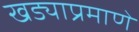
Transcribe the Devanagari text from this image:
खड्याप्रमाणे